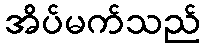
အိပ်မက်သည်